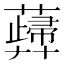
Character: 𧁻